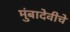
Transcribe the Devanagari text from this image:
मुंबादेवीचे